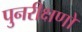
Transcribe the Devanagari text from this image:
पुनरीक्षणों